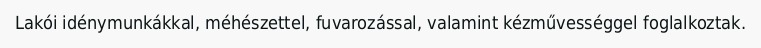
Lakói idénymunkákkal, méhészettel, fuvarozással, valamint kézművességgel foglalkoztak.